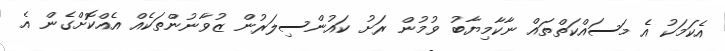
އެކަމަކު އެ މަސައްކަތްތައް ނާކާމިޔާބު ވުމުން ރަށު ކައުންސިލަރުން ޒުވާނުންތަކެއް އެއްކޮށްގެން އެ